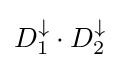
D_{1}^{\downarrow }\cdot D_{2}^{\downarrow }